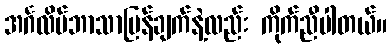
အင်္ဂလိပ်ဘာသာပြန်ချက်နဲ့လည်း ကိုက်ညီပါတယ်။